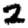
Digit: 2